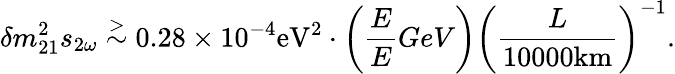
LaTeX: \delta m_{21}^{2}s_{2\omega}\stackrel{>}{\sim}0.28\times 10^{-4}\mathrm{eV^{2}}\cdot\left(\frac{E}{E}{GeV}\right)\left(\frac{L}{10000\mathrm{km}}\right)^{-1}.